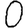
Digit: 0